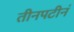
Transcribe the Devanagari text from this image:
तीनपटीनं